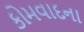
કોમવાદના